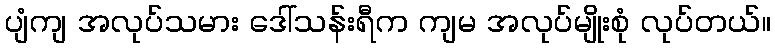
ပျံကျ အလုပ်သမား ဒေါ်သန်းရီက ကျမ အလုပ်မျိုးစုံ လုပ်တယ်။